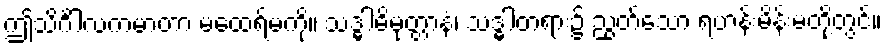
ဤသိင်္ဂါလကမာတာ မထေရ်မကို။ သဒ္ဓါဓိမုတ္တာနံ၊ သဒ္ဓါတရား၌ ညွတ်သော ရဟန်းမိန်းမတို့တွင်။